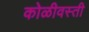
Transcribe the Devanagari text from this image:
कोळीवस्ती